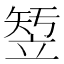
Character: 𱷫